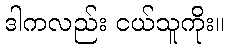
ဒါကလည်း ငယ်သူကိုး။